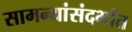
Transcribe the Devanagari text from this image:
सामन्यांसंदर्भात